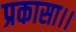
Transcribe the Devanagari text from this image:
प्रकासा।।